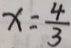
x = \frac { 4 } { 3 }